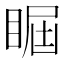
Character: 𥇵